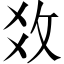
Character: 𢼂